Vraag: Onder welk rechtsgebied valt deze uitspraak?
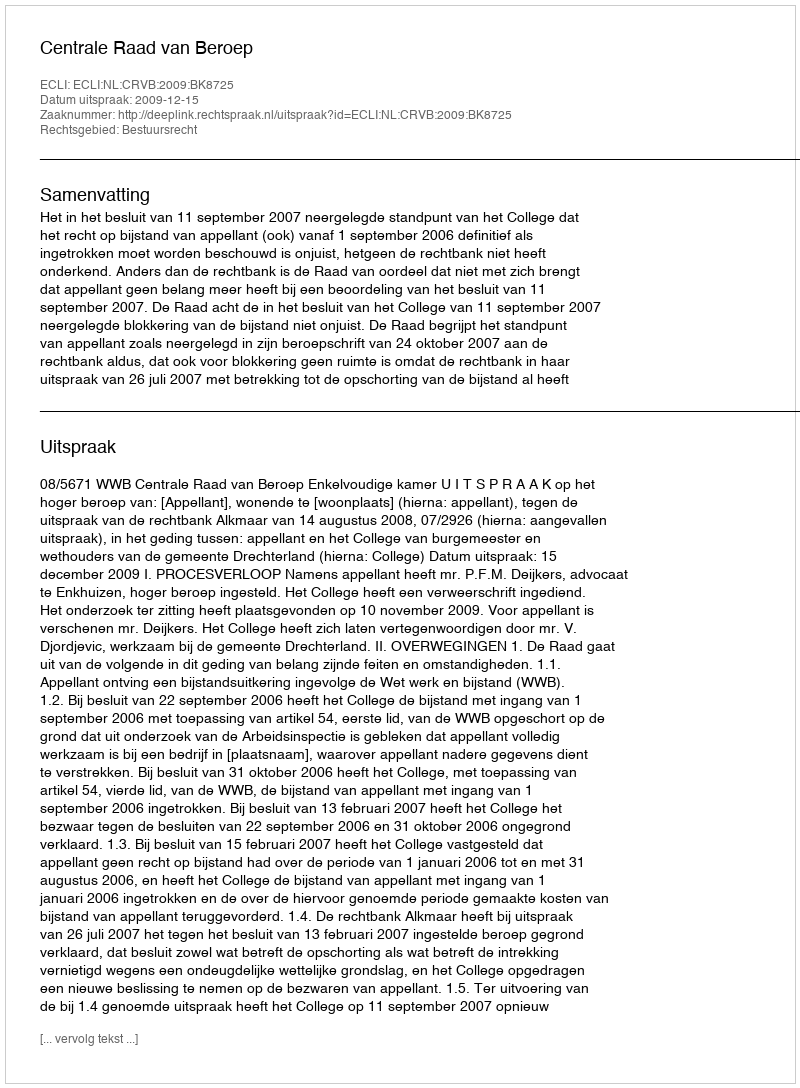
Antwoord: Bestuursrecht